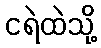
ငရဲထဲသို့